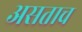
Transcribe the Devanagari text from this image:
असताच